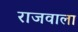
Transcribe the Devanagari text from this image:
राजवाला